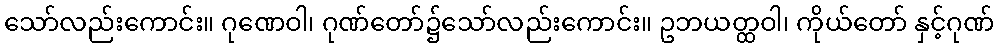
သော်လည်းကောင်း။ ဂုဏေဝါ၊ ဂုဏ်တော်၌သော်လည်းကောင်း။ ဥဘယတ္ထဝါ၊ ကိုယ်တော် နှင့်ဂုဏ်